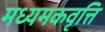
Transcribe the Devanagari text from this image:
मध्यमकवृत्ति